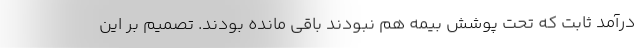
درآمد ثابت که تحت پوشش بیمه هم نبودند باقی مانده بودند. تصمیم بر این